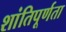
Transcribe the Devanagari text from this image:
शांतिपूर्णता